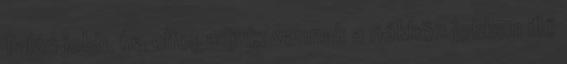
Talán jobb, ha elfogadjuk: vannak a nőkhöz jobban illő